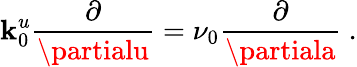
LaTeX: \mathbf{k}_{0}^{u}\frac{{\partial}}{{\partialu}}=\nu_{0}\frac{{\partial}}{{\partiala}}\ .